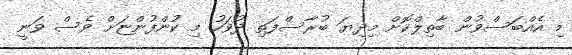
މި އެއްބަސްވުން ބާތިލްކޮށް މިދިޔަ ބުރާސްފަތި ދުވަހު މި ކުންފުންޏަށް ވެސް ވަނީ